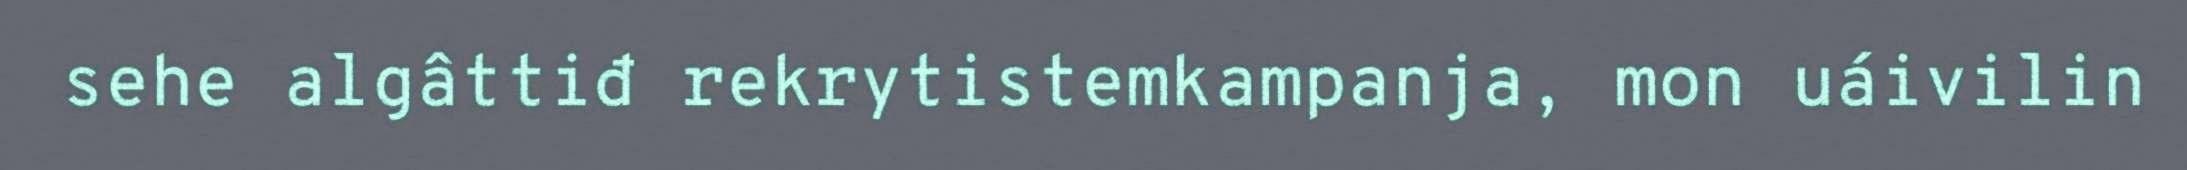
sehe algâttiđ rekrytistemkampanja, mon uáivilin